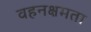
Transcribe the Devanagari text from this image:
वहनक्षमता